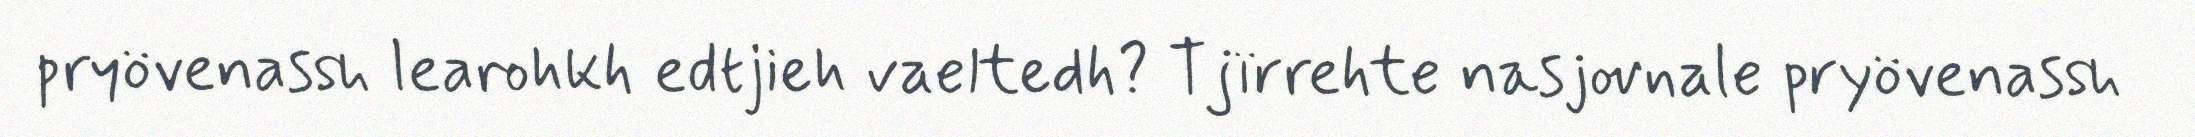
pryövenassh learohkh edtjieh vaeltedh? Tjïrrehte nasjovnale pryövenassh